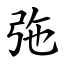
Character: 㢮